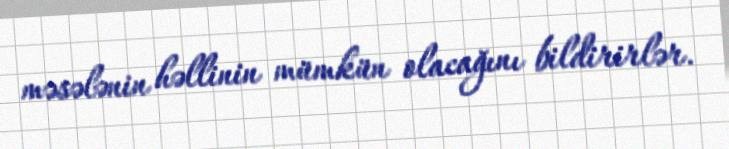
məsələnin həllinin mümkün olacağını bildirirlər.